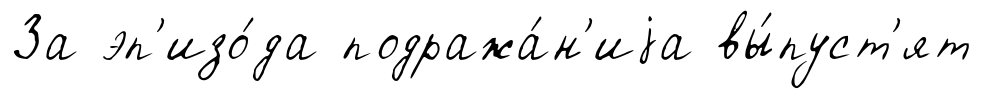
За эп'изо́да подража́н'иjа вы́пуст'ят